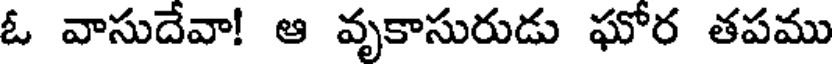
ఓ వాసుదేవా! ఆ వృకాసురుడు ఘోర తపము